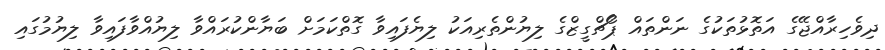
ދިވެހިރާއްޖޭގެ އަތޮޅުތަކުގެ ނަންތައް ޕޯޗްގީޒްގެ ލިޔުންތެރިއަކު ލިޔެފައިވާ ގޮތްކަމަށް ބަޔާންކުރައްވާ ލިޔުއްވާފައިވާ ލިޔުމުގައި